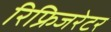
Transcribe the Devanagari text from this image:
रिफ्रिजरेटर